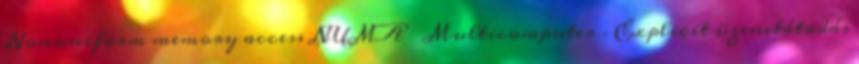
Nonuniform memory access NUMA ● Multicomputer – Explicit üzenetátadás